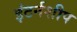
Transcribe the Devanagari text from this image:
इंटर्नशीप